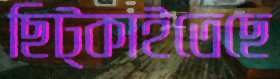
ছিট্‌কাইতেছে